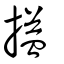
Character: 搤